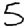
Digit: 5